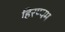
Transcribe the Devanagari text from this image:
हिरण्यम